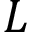
L